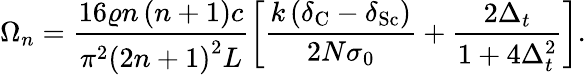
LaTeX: \Omega_{n}=\frac{16\varrho n\left(n+1\right)c}{\pi^{2}\left(2n+1\right)^{2}L}\left[\frac{k\left(\delta_{\mathrm{C}}-\delta_{\mathrm{Sc}}\right)}{2N\sigma_{0}}+\frac{2\Delta_{t}}{1+4\Delta_{t}^{2}}\right].